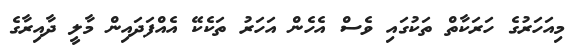
މިއަހަރުގެ ހަރަކާތް ތަކުގައި ވެސް އެހެން އަހަރު ތަކެކޭ އެއްފަދައިން މާލީ ދާއިރާގެ